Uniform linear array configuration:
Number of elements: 8
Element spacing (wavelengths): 0.5
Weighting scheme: hamming
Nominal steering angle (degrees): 30
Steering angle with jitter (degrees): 28.862
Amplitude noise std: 0.05
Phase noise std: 0.05

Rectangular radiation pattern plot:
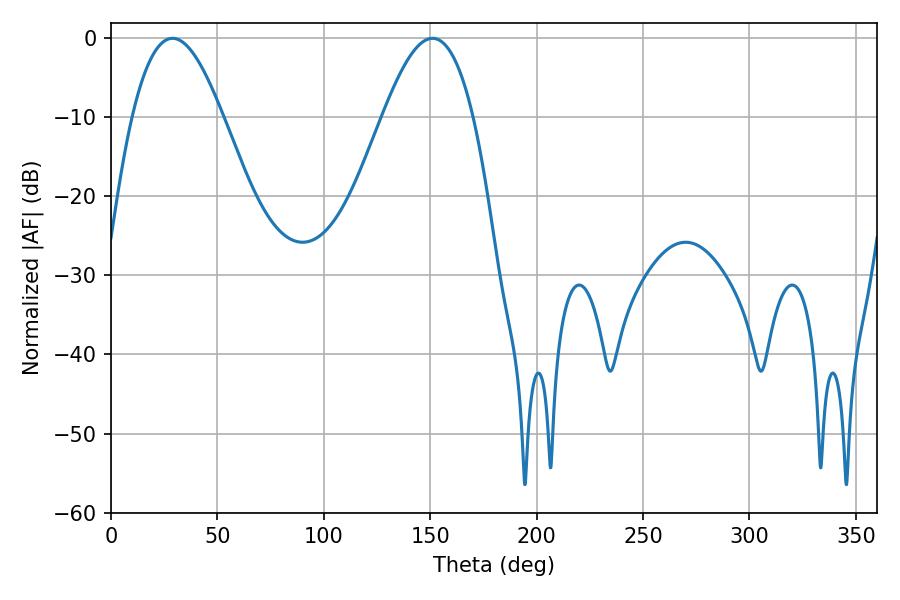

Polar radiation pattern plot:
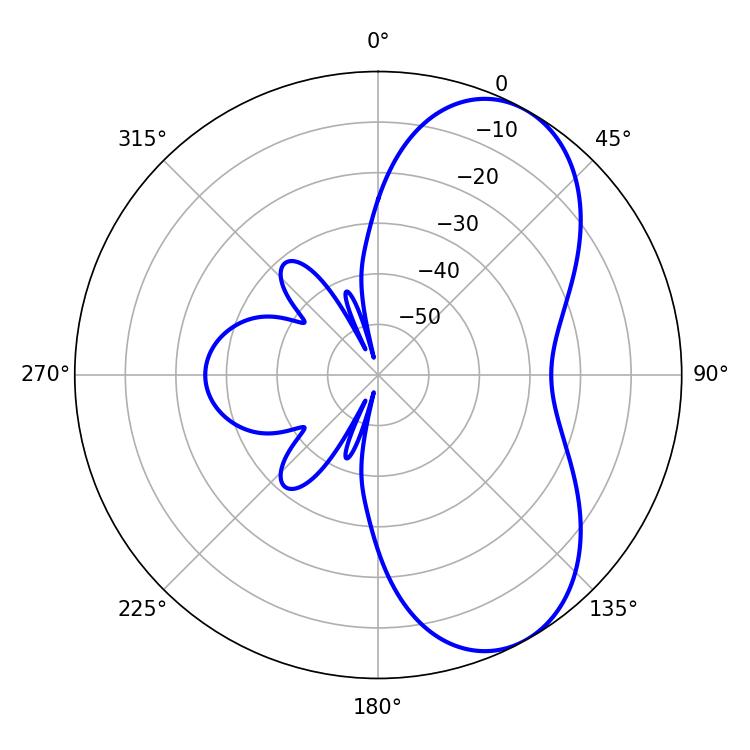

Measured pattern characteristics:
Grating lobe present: FALSE
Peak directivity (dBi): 6.577
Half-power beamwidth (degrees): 23.22
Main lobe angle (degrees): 28.98